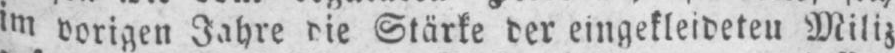
im vorigen Jahre die Stärke der eingekleideteu Miliz